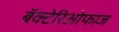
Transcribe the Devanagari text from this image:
बॅक्टेरिओफाज